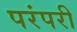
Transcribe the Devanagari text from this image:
परंपरी